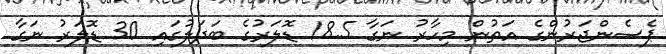
ޕެސެންޖަރުންގެ އަތުން މިހާރު ނަގާ 18.5 ޑޮލަރުގެ ބަދަލުގައި 30 ޑޮލަރު ނަގާ